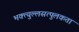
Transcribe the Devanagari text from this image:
भक्त्युल्लसत्पुलकतां